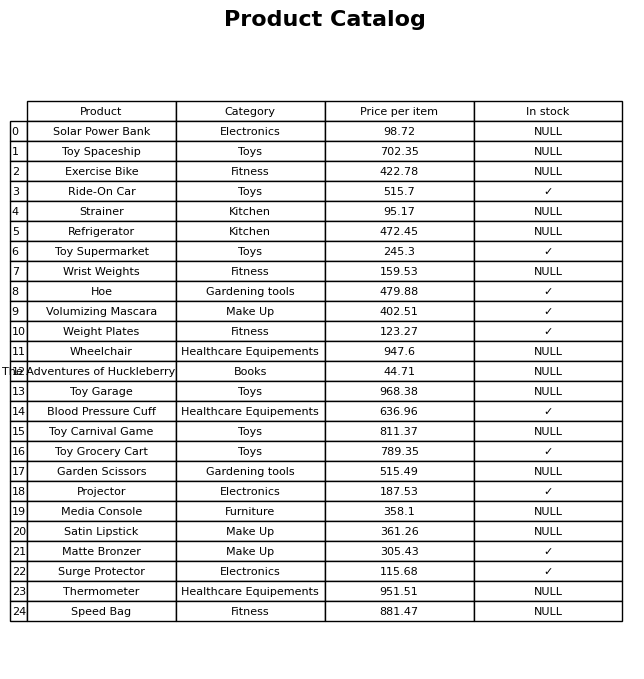
question: What is the price for Blood Pressure Cuff?
answer: The price of Blood Pressure Cuff is 636.96.